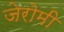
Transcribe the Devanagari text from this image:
जेरोमी